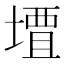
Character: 𫝠